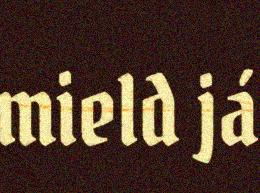
mield já